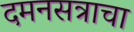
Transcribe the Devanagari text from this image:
दमनसत्राचा